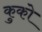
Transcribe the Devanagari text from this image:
कुको